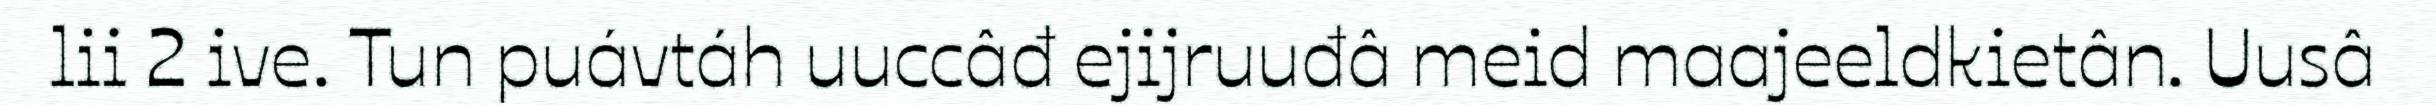
lii 2 ive. Tun puávtáh uuccâđ ejijruuđâ meid maajeeldkietân. Uusâ